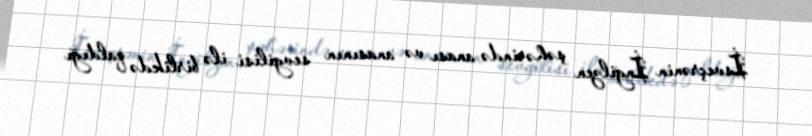
İsveçrənin İngilzen şəhərində anası və anasının sevgilisi ilə birlikdə qaldığı